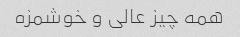
همه چیز عالی و خوشمزه